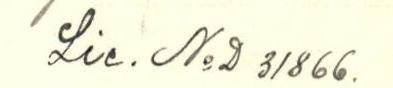
Lie. N:oD 31866.